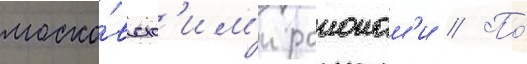
моско́вск'им'и раионам'и // По́